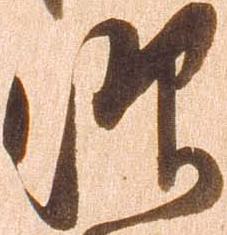
仰